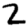
Digit: 2